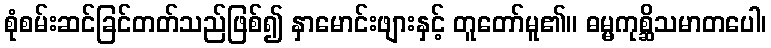
စုံစမ်းဆင်ခြင်တတ်သည်ဖြစ်၍ နှာမောင်းဖျားနှင့် တူတော်မူ၏။ ဓမ္မကုစ္ဆိသမာတပေါ၊